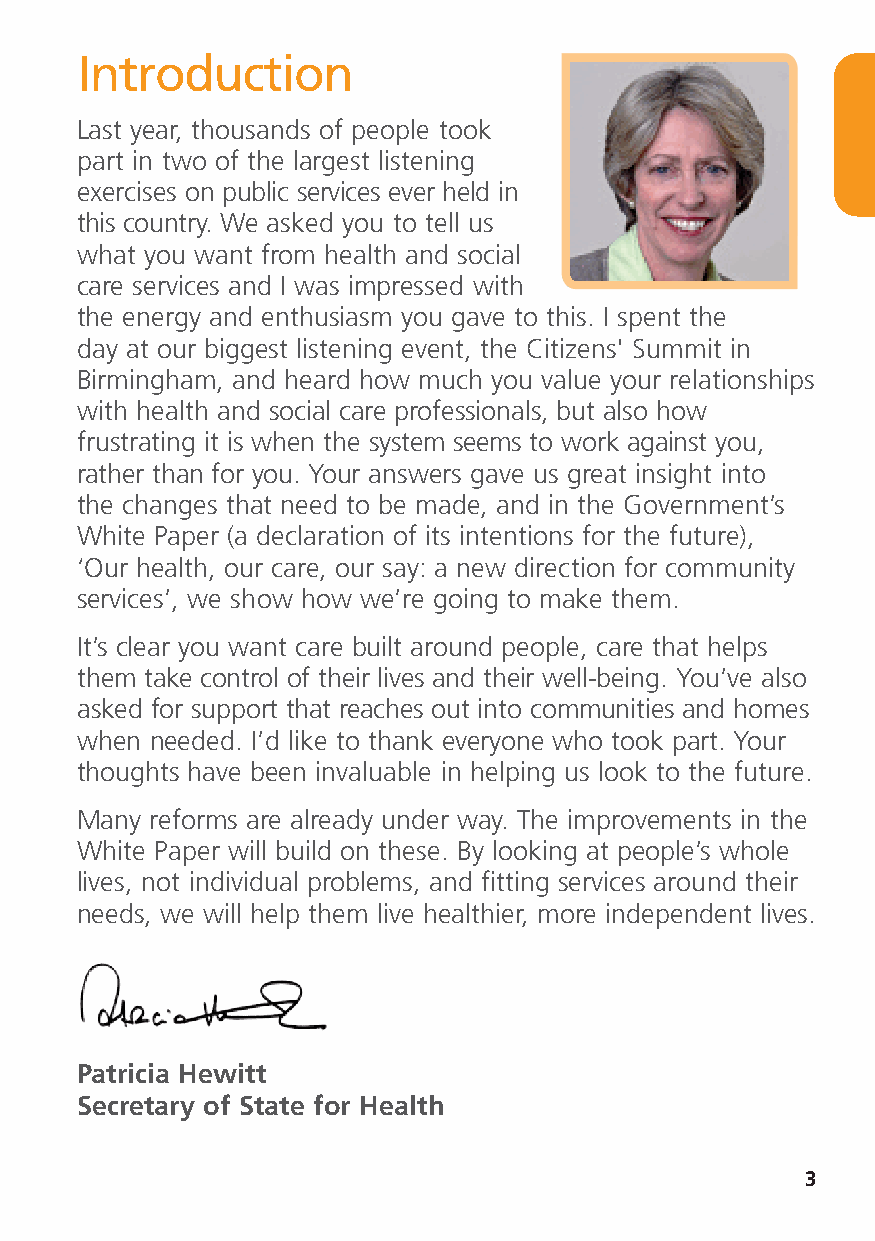
Introduction
 Last year, thousands of people took
 part in two of the largest listening
 exercises on public services ever held in
 this country. We asked you to tell us
 what you want from health and social
 care services and I was impressed with
 the energy and enthusiasm you gave to this. I spent the
 day at our biggest listening event, the Citizens' Summit in
 Birmingham, and heard how much you value your relationships
 with health and social care professionals, but also how
 frustrating it is when the system seems to work against you,
 rather than for you. Your answers gave us great insight into
 the changes that need to be made, and in the Government’s
 White Paper (a declaration of its intentions for the future),
 ‘Our health, our care, our say: a new direction for community
 services’, we show how we’re going to make them.
 It’s clear you want care built around people, care that helps
 them take control of their lives and their well-being. You’ve also
 asked for support that reaches out into communities and homes
 when needed. I’d like to thank everyone who took part. Your
 thoughts have been invaluable in helping us look to the future.
 Many reforms are already under way. The improvements in the
 White Paper will build on these. By looking at people’s whole
 lives, not individual problems, and fitting services around their
 needs, we will help them live healthier, more independent lives.
 Patricia Hewitt
 Secretary of State for Health
 3